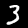
Label: 3